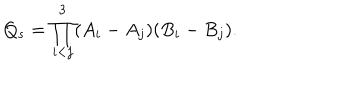
LaTeX: Q _ { s } = \prod _ { i < j } ^ { 3 } ( A _ { i } - A _ { j } ) ( B _ { i } - B _ { j } ) .